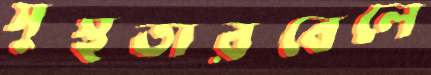
সুস্থতারবেলে